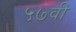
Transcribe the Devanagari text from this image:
५७वी